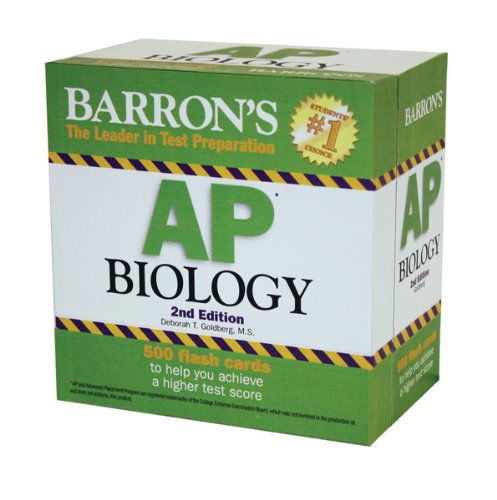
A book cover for Barron's AP Biology Flash Cards; Deborah T. Goldberg M.S.; Test Preparation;